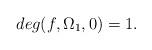
LaTeX: \begin{align*}deg(f, \Omega_1, 0) = 1.\end{align*}